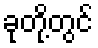
ခုတို့တွင်